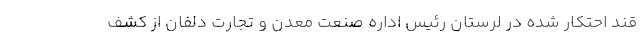
قند احتکار شده در لرستان رئیس اداره صنعت معدن و تجارت دلفان از کشف